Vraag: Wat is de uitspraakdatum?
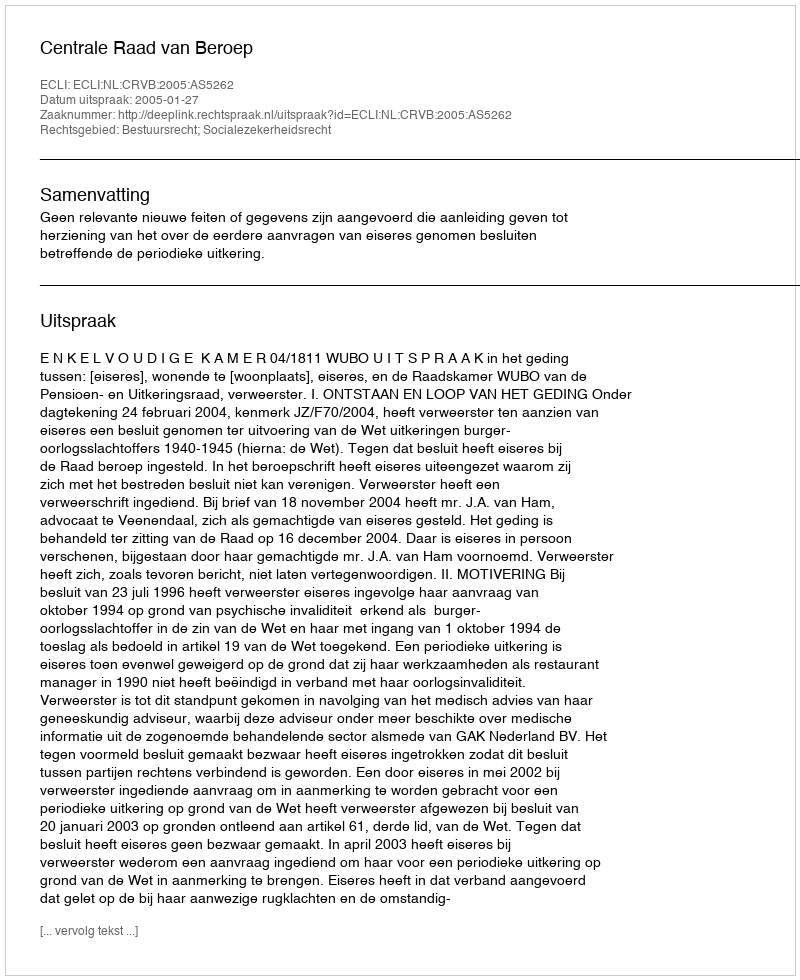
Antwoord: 2005-01-27